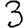
Digit: 3